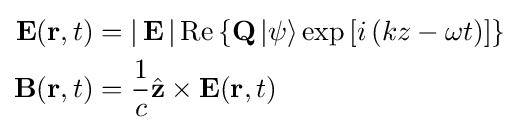
{\begin{aligned}\mathbf {E} (\mathbf {r} ,t)&=\left|\,\mathbf {E} \,\right|\mathrm {Re} \left\{\mathbf {Q} \left|\psi \right\rangle \exp \left[i\left(kz-\omega t\right)\right]\right\}\\\mathbf {B} (\mathbf {r} ,t)&={\dfrac {1}{c}}{\hat {\mathbf {z} }}\times \mathbf {E} (\mathbf {r} ,t)\end{aligned}}